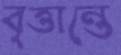
বৃত্তান্তে